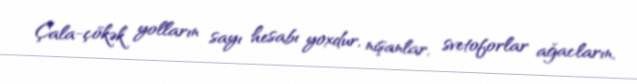
Çala-çökək yolların sayı hesabı yoxdur, nişanlar, svetoforlar ağacların,